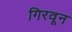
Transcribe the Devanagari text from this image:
गिरवून